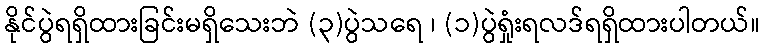
နိုင်ပွဲရရှိထားခြင်းမရှိသေးဘဲ (၃)ပွဲသရေ ၊ (၁)ပွဲရှုံးရလဒ်ရရှိထားပါတယ်။